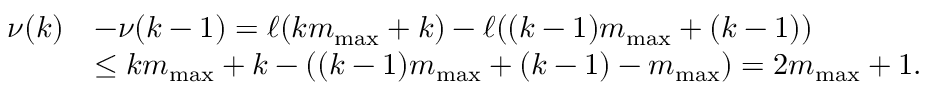
\begin{array} { r l } { \nu ( k ) } & { - \nu ( k - 1 ) = \ell ( k { m _ { \mathrm { m a x } } } + k ) - \ell ( ( k - 1 ) { m _ { \mathrm { m a x } } } + ( k - 1 ) ) } \\ & { \leq k { m _ { \mathrm { m a x } } } + k - \left( ( k - 1 ) { m _ { \mathrm { m a x } } } + ( k - 1 ) - { m _ { \mathrm { m a x } } } \right) = 2 { m _ { \mathrm { m a x } } } + 1 . } \end{array}